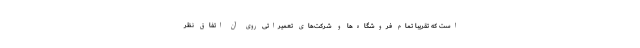
است که تقریبا تمام فروشگاه‌ها و شرکت‌های تعمیراتی روی آن اتفاق نظر